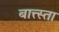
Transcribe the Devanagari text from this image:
बात्त्स्ता